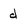
Character: d